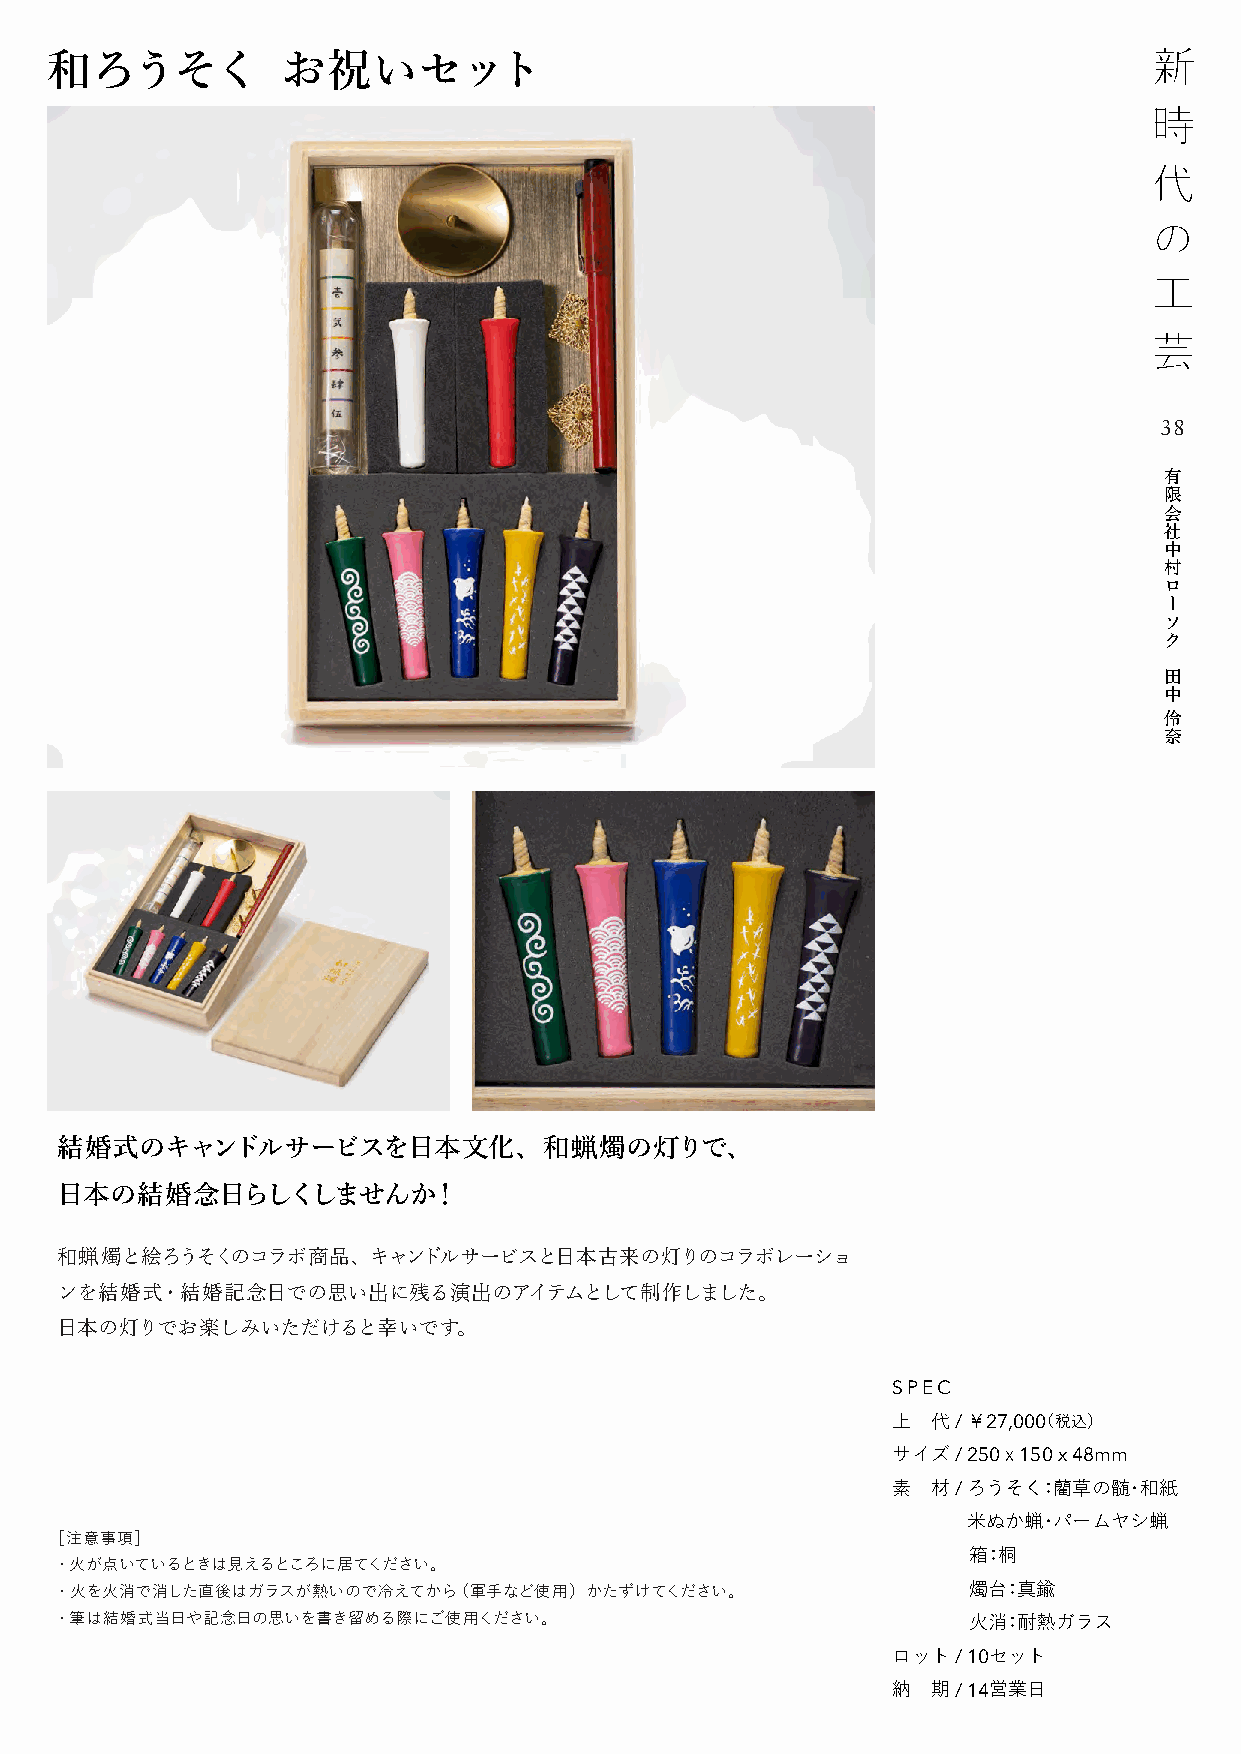
和ろうそく           お祝いセット
 38
 有
 限
 会
 社
 中
 村
 ロ
 ー
 ソ
 ク
 田
 中
 伶
 奈
 結婚式のキャンドルサービスを日本文化、和蝋燭の灯りで、
 日本の結婚念日らしくしませんか！
 和蝋燭と絵ろうそくのコラボ商品、キャンドルサービスと日本古来の灯りのコラボレーショ
 ンを結婚式・結婚記念日での思い出に残る演出のアイテムとして制作しました。
 日本の灯りでお楽しみいただけると幸いです。
 SPEC
 上  代 / ￥27,000（税込）
 サイズ / 250ｘ150 x 48mm
 素  材 / ろうそく：藺草の髄・和紙
 米ぬか蝋・パームヤシ蝋
 ［注意事項］
 箱：桐
 ・火が点いているときは見えるところに居てください。
 ・火を火消で消した直後はガラスが熱いので冷えてから（軍手など使用）かたずけてください。                 燭台：真鍮
 ・筆は結婚式当日や記念日の思いを書き留める際にご使用ください。                             火消：耐熱ガラス
 ロット / 10セット
 納  期 / 14営業日